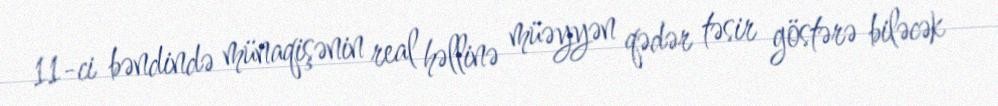
11-ci bəndində münaqişənin real həllinə müəyyən qədər təsir göstərə biləcək